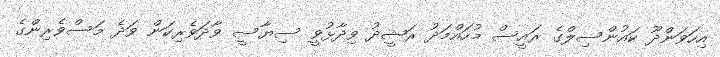
އިހަވަންދޫ ކައުންސިލްގެ ރައީސް މުހައްމަދު ރަޝީދު ވިދާޅުވީ ސިޔާސީ ވާދަވެރިކަން ވަދެ މަސްވެރިންގެ